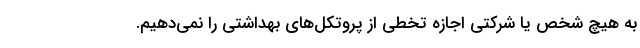
به هیچ شخص یا شرکتی اجازه تخطی از پروتکل‌های بهداشتی را نمی‌دهیم.